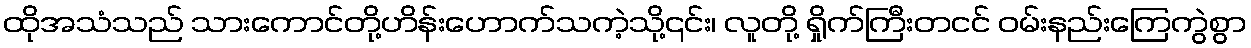
ထိုအသံသည် သားကောင်တို့ဟိန်းဟောက်သကဲ့သို့၎င်း၊ လူတို့ ရှိုက်ကြီးတငင် ဝမ်းနည်းကြေကွဲစွာ